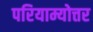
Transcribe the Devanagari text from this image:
परियाम्योत्तर